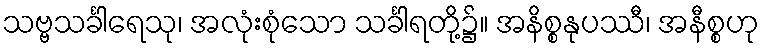
သဗ္ဗသင်္ခါရေသု၊ အလုံးစုံသော သင်္ခါရတို့၌။ အနိစ္စနုပဿီ၊ အနီစ္စဟု